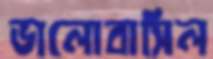
ভালোবাসিল